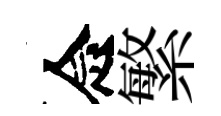
念繁